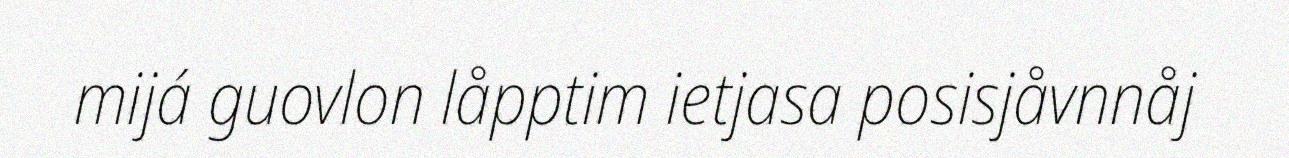
mijá guovlon låpptim ietjasa posisjåvnnåj